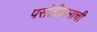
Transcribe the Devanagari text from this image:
पसंतीक्रमाची